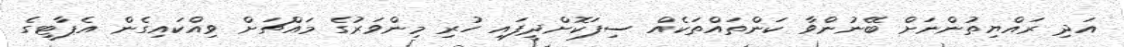
އަދި ރައްޔިތުންނަށް ބޭނުންވާ ކަންތައްތަކެއް ސިފަކޮށްދީފައި ހުރި މިންވަރުގެ މައްޗަށް ވިއްކައިގެން އެޕާޓީގެ